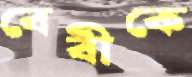
বেবীকে